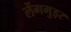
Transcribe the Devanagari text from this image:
लेंगमुइर